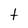
Character: t